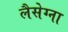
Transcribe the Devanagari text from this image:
लैसेग्ना